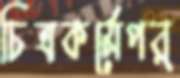
চিত্রকর্মেপর্